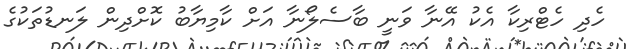
ހެދި ހެޓްރިކާ އެކު އޭނާ ވަނީ ބާސެލޯނާ އަށް ކާމިޔާބު ކޮށްދިން ލަނޑުތަކުގެ